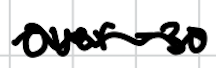
Text: Over-30
Cross-out: wave
Writing tool: digital_black